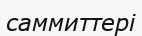
саммиттері